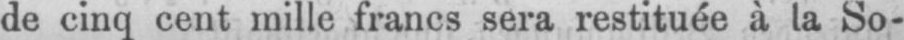
de cinq cent mille francs sera restituée à la So-